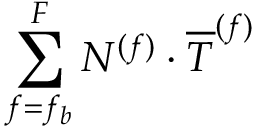
\sum _ { f = f _ { b } } ^ { F } N ^ { ( f ) } \cdot \overline { { T } } ^ { ( f ) }